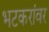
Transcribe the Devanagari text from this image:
भटकरांवर